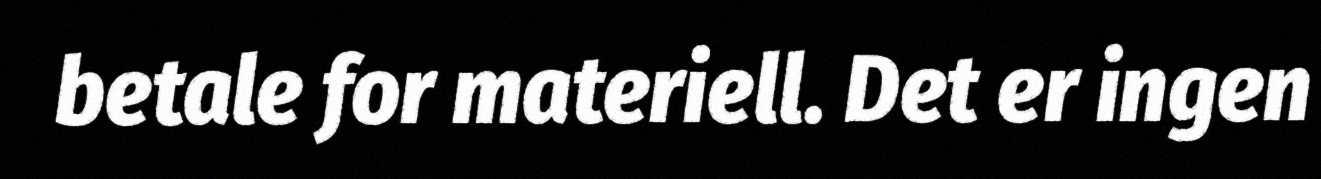
betale for materiell. Det er ingen